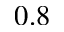
0 . 8